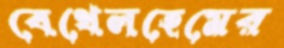
বেথেলহেমের